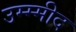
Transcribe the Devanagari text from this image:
उम्म्मीद